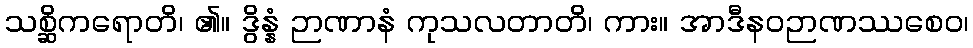
သစ္ဆိကရောတိ၊ ၏။ ဒွိန္နံ ဉာဏာနံ ကုသလတာတိ၊ ကား။ အာဒီနဝဉာဏဿစေဝ၊